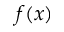
f ( x )